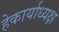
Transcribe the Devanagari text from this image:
हेकार्याध्यक्ष